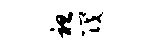
袒筏